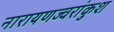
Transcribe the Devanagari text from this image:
नारायणज्वरांकुश